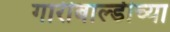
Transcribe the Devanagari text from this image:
गारीबाल्डीच्या